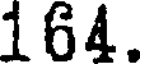
164.